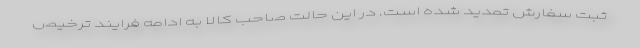
ثبت سفارش تمدید شده است. در این حالت صاحب کالا به ادامه فرایند ترخیص